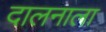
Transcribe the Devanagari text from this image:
दालनाला